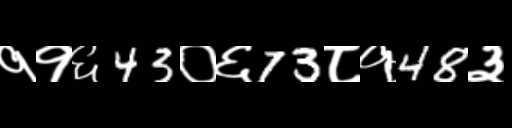
Text: ११६43०६73८१48३